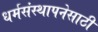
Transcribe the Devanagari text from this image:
धर्मसंस्थापनेसाठी